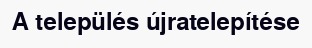
A település újratelepítése